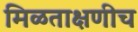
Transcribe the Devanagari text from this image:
मिळताक्षणीच